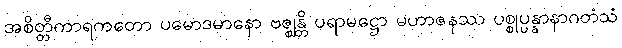
အစိတ္တီကာရကတော ပမောဒမာနော ဗဇ္ဈန္တိ ပရာမဋ္ဌော မဟာဇနဿ ပစ္စုပ္ပန္နာနာဂတံသံ